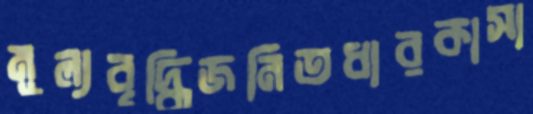
মূল্যবৃদ্ধিজনিতধারকাসা